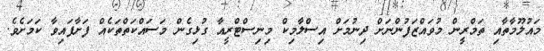
މައުލޫމާތާއި ތަމްރީން މުވައްޒަފުންނަށް ދިނުމަށް އިސްލާމިކް މިނިސްޓްރީއާ ގުޅިގެން މަސައްކަތްތަކެއް ފަށާފައިވާ ކަމަށެވެ.